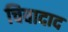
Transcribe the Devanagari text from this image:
चिवादाद